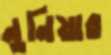
নুনিয়ার